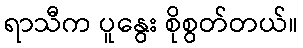
ရာသီက ပူနွေး စိုစွတ်တယ်။